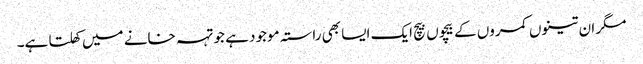
مگر ان تینوں کمروں کے بیچوں بیچ ایک ایسا بھی راستہ موجود ہے جو تہہ خانے میں کھلتا ہے۔